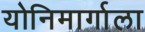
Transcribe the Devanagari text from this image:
योनिमार्गाला